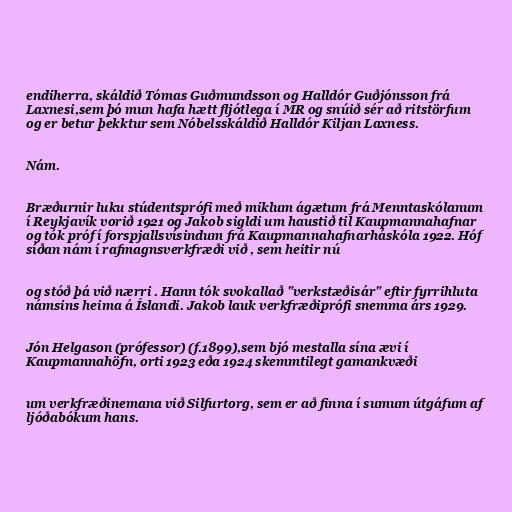
endiherra, skáldið Tómas Guðmundsson og Halldór Guðjónsson frá
Laxnesi,sem þó mun hafa hætt fljótlega í MR og snúið sér að ritstörfum
og er betur þekktur sem Nóbelsskáldið Halldór Kiljan Laxness.

Nám.

Bræðurnir luku stúdentsprófi með miklum ágætum frá Menntaskólanum
í Reykjavík vorið 1921 og Jakob sigldi um haustið til Kaupmannahafnar
og tók próf í forspjallsvísindum frá Kaupmannahafnarháskóla 1922. Hóf
síðan nám í rafmagnsverkfræði við , sem heitir nú

og stóð þá við nærri . Hann tók svokallað "verkstæðisár" eftir fyrrihluta
námsins heima á Íslandi. Jakob lauk verkfræðiprófi snemma árs 1929.

Jón Helgason (prófessor) (f.1899),sem bjó mestalla sína ævi í
Kaupmannahöfn, orti 1923 eða 1924 skemmtilegt gamankvæði

um verkfræðinemana við Silfurtorg, sem er að finna í sumum útgáfum af
ljóðabókum hans.